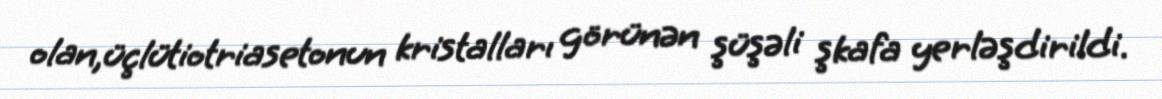
olan,üçlütiotriasetonun kristalları görünən şüşəli şkafa yerləşdirildi.